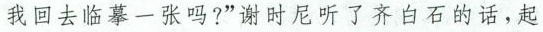
我回去临摹一张吗？”谢时尼听了齐白石的话，起